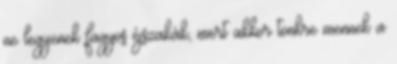
ne legyenek fagyos éjszakák, mert akkor tönkre mennek a